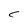
Character: C